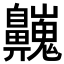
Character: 𪖾